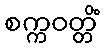
စက္ကဝတ္တိံ